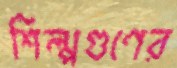
শিল্পগুণের